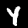
Digit: 4